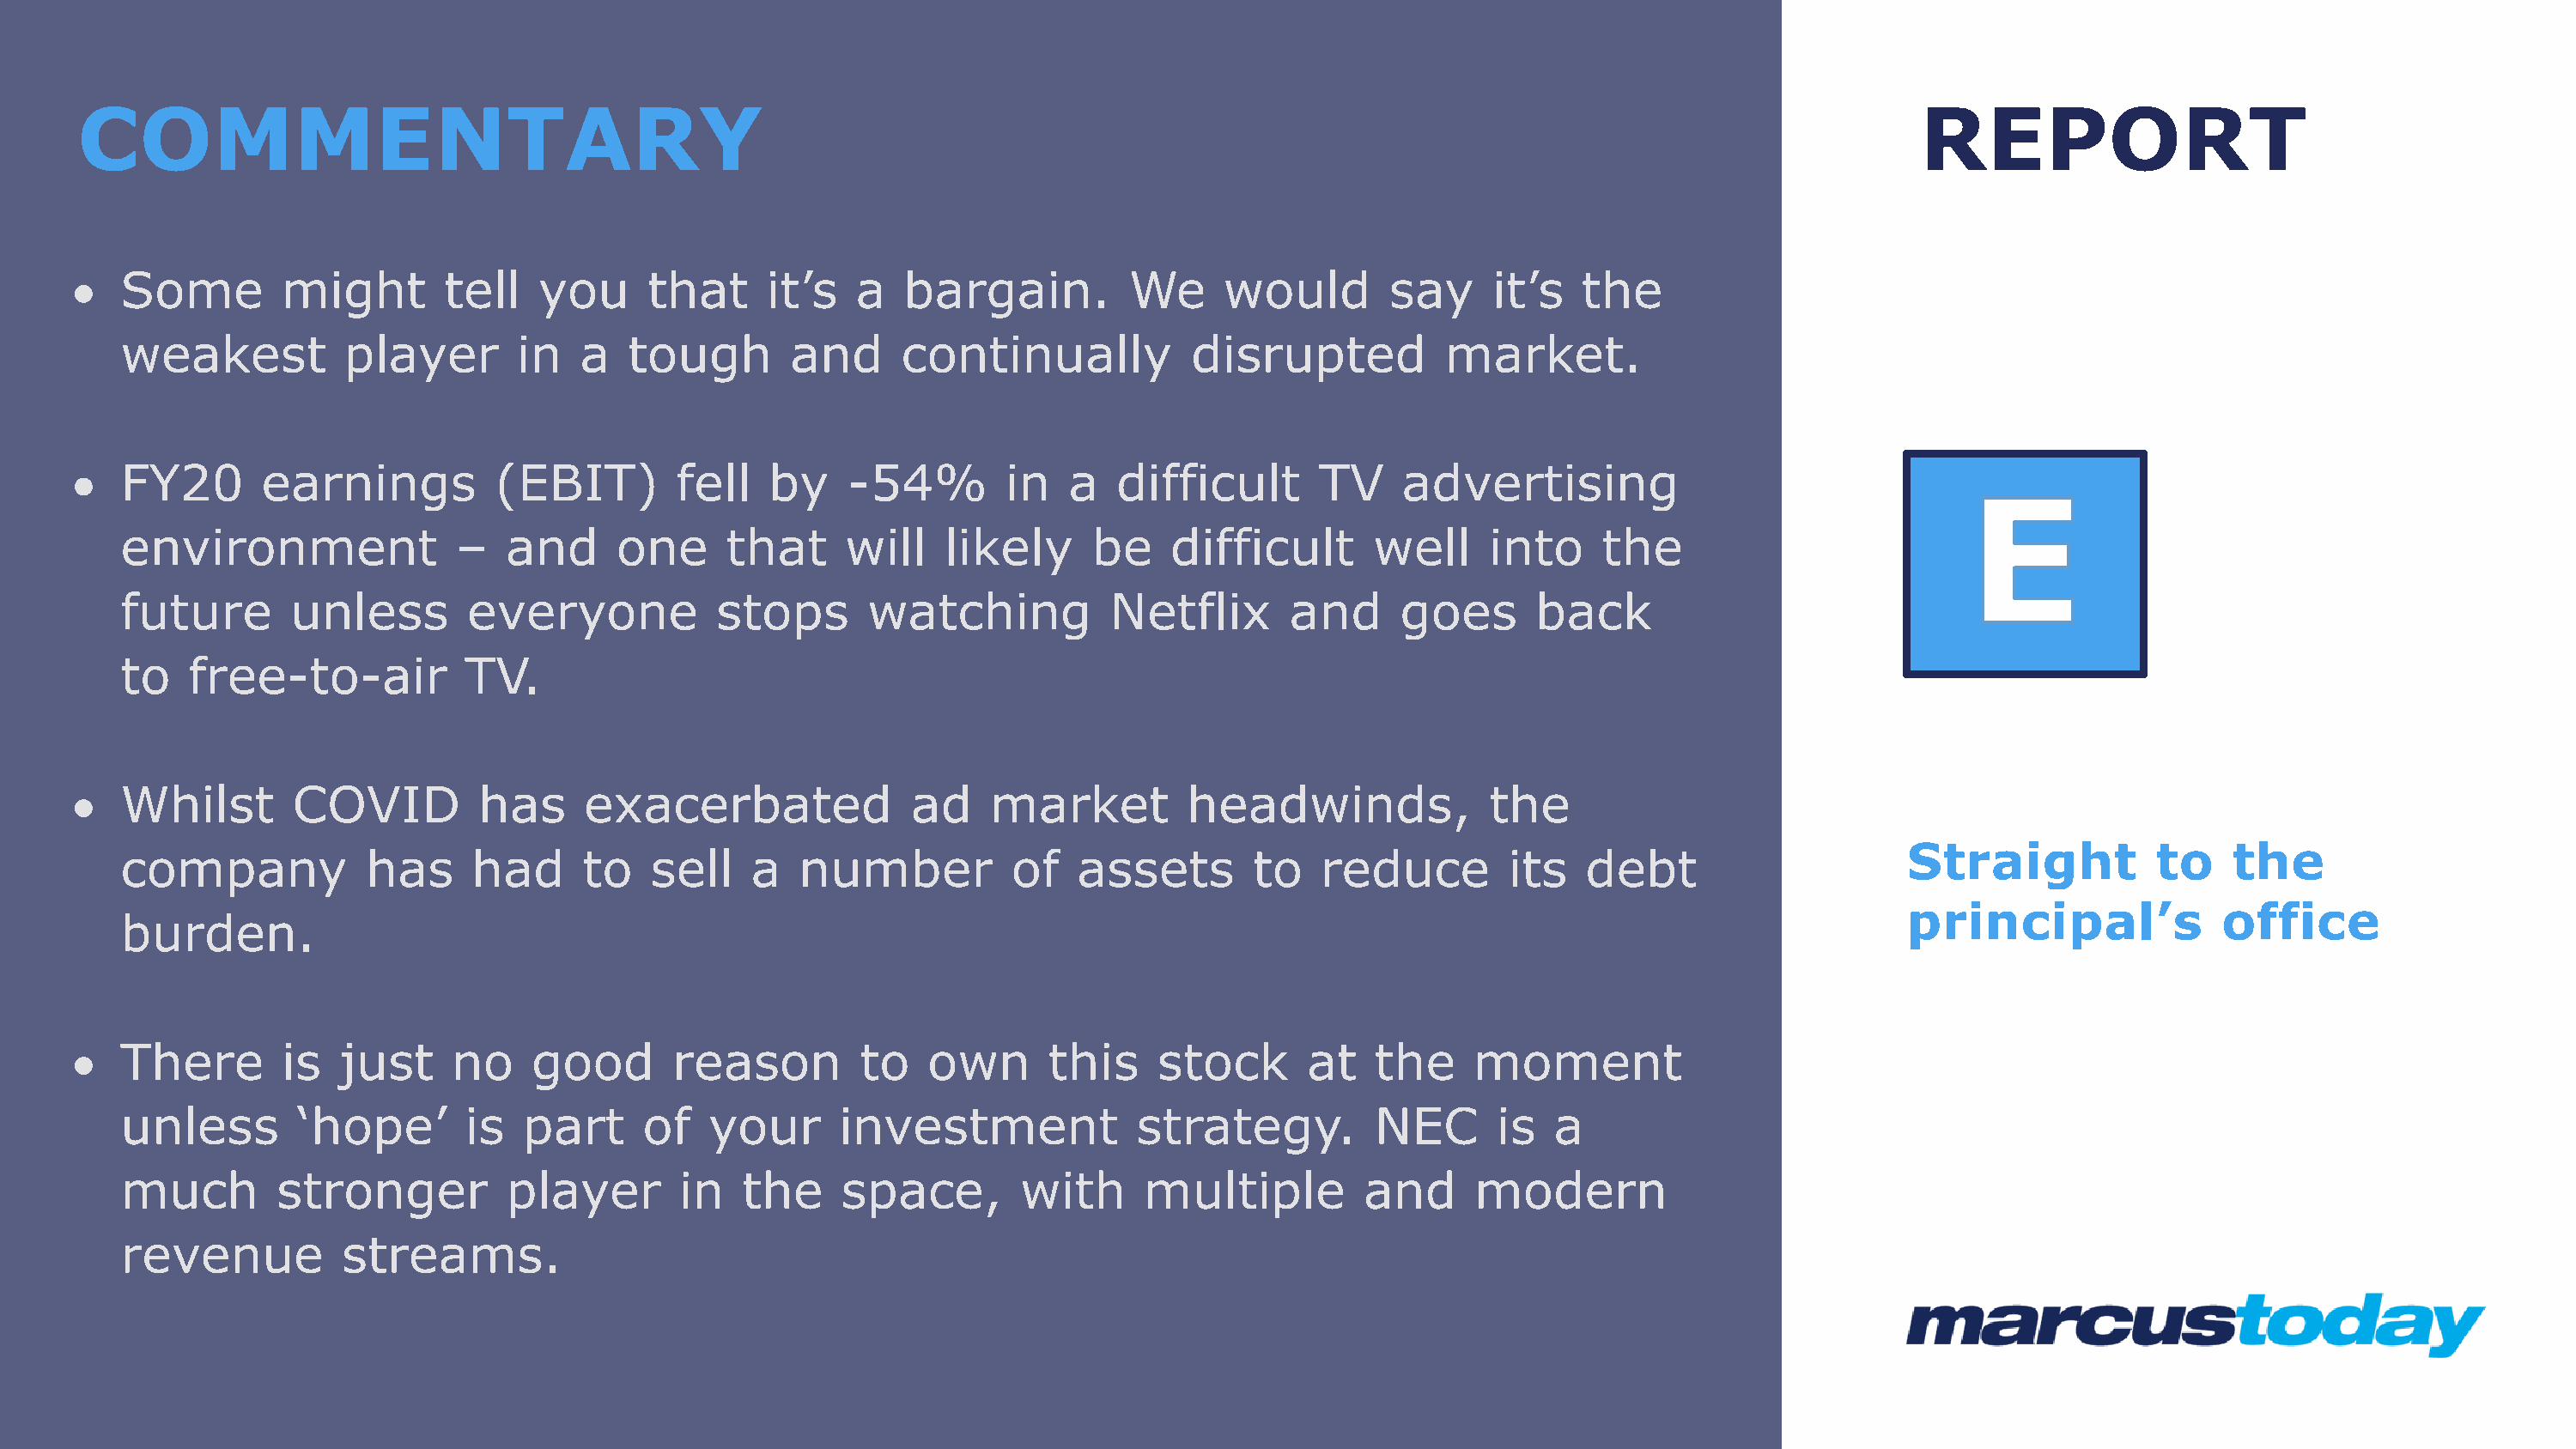
COMMENTARY                                                                                                                                    REPORT
 •  Some         might       tell   you      that     it’s   a   bargain.         We     would        say     it’s   the
 weakest           player       in   a  tough        and     continually            disrupted          market.
 •  FY20       earnings          (EBIT)        fell   by    -54%        in   a   difficult       TV    advertising
 environment               –   and      one     that     will    likely     be    difficult       well     into     the
 future       unless        everyone           stops       watching           Netflix      and      goes      back
 to    free-to-air          TV.
 •  Whilst        COVID         has     exacerbated              ad    market         headwinds,              the
 Straight           to    the
 company            has     had      to   sell    a   number          of   assets        to   reduce        its   debt
 principal’s             office
 burden.
 •  There        is  just     no    good       reason        to    own      this    stock       at   the     moment
 unless        ‘hope’       is  part      of   your      investment             strategy.         NEC      is   a
 much        stronger          player       in   the     space,        with     multiple         and      modern
 revenue          streams.